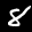
Label: 8